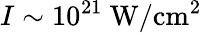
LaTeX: I\sim 10^{21}~\mathrm{W/cm^{2}}